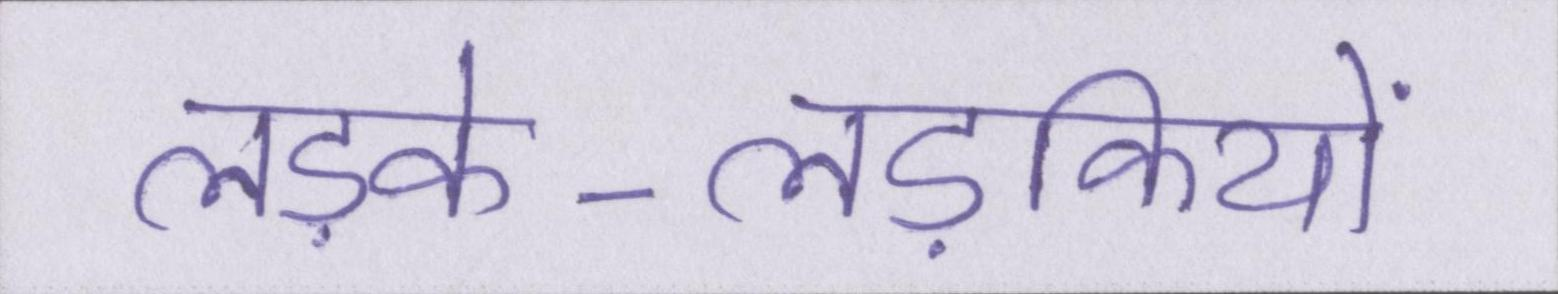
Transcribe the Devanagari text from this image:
लड़के-लड़कियों